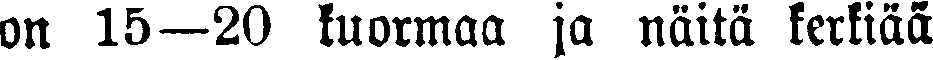
on 15—20 kuormaa ja näitä kerkiää